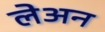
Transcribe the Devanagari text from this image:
लेअन